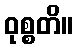
ဝုစ္စတိ။